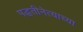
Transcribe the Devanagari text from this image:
पद्धतीनेत्याच्या